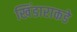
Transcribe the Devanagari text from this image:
खिंडाराकडे